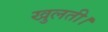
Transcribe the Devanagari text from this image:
खुलती।